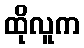
ထိုလူက